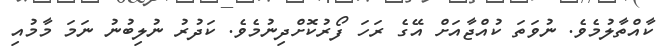
ކާއްތާލުމެވެ. ނުވަތަ ކުއްޖާއަށް އޭގެ ރަހަ ފޯރުކޮށްދިނުމެވެ. ކަދުރު ނުލިބުނު ނަމަ މާމުއި